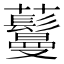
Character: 𬟦